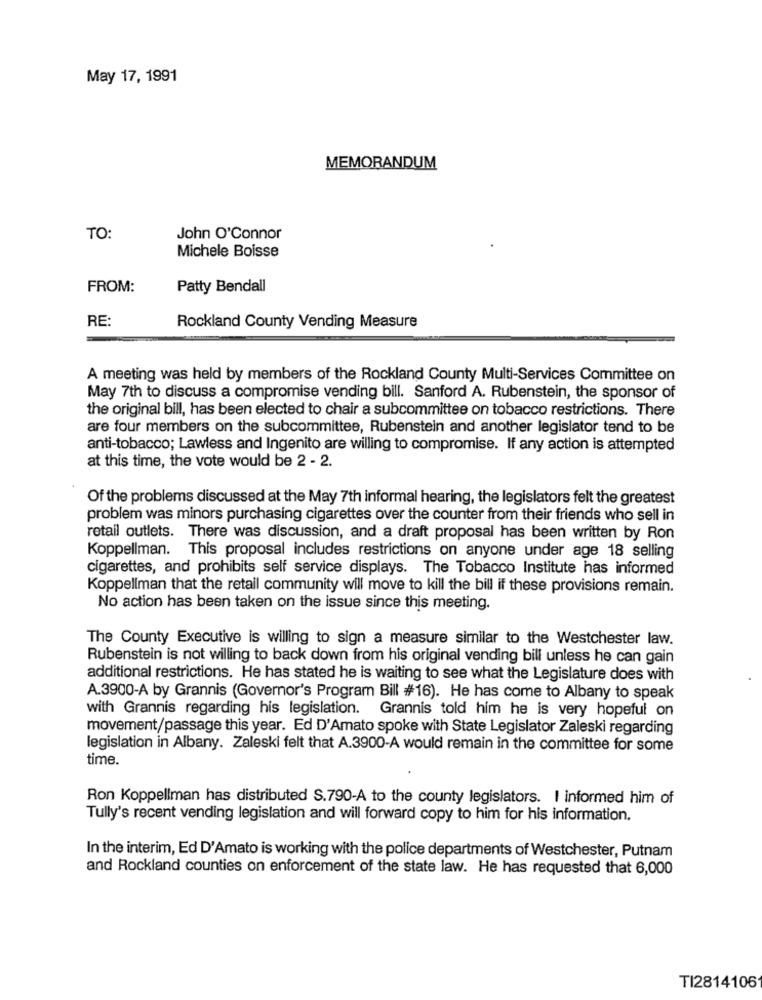
May 17, 1991
MEMORANDUM
TO:
John O'Connor
Michele Boisse
FROM:
Patty Bendall
RE:
Rockland County Vending Measure
A meeting was held by members of the Rockland County Multi-Services Committee on
May 7th to discuss a compromise vending bill. Sanford A. Rubenstein, the sponsor of
the original bill, has been elected to chair a subcommittee on tobacco restrictions. There
are four members on the subcommittee, Rubenstein and another legislator tend to be
anti-tobacco; Lawless and Ingenito are willing to compromise. If any action is attempted
at this time, the vote would be 2 - 2.
Of the problems discussed at the May 7th informal hearing, the legislators felt the greatest
problem was minors purchasing cigarettes over the counter from their friends who sell in
retail outlets. There was discussion, and a draft proposal has been written by Ron
Koppellman. This proposal includes restrictions on anyone under age 18 selling
cigarettes, and prohibits self service displays. The Tobacco Institute has informed
Koppellman that the retail community will move to kill the bill if these provisions remain.
No action has been taken on the issue since this meeting.
The County Executive is willing to sign a measure similar to the Westchester law.
Rubenstein is not willing to back down from his original vending bill unless he can gain
additional restrictions. He has stated he is waiting to see what the Legislature does with
A.3900-A by Grannis (Governor's Program Bill #16). He has come to Albany to speak
with Grannis regarding his legislation. Grannis told him he is very hopeful on
movement/passage this year. Ed D'Amato spoke with State Legislator Zaleski regarding
legislation in Albany. Zaleski felt that A.3900-A would remain in the committee for some
time.
Ron Koppellman has distributed S.790-A to the county legislators. I informed him of
Tully's recent vending legislation and will forward copy to him for his information.
In the interim, Ed D'Amato is working with the police departments of Westchester, Putnam
and Rockland counties on enforcement of the state law. He has requested that 6,000
TI2814106